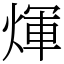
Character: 煇